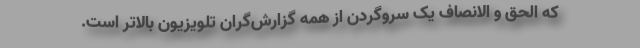
که الحق و الانصاف یک سروگردن از همه گزارش‌گران تلویزیون بالاتر است.